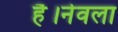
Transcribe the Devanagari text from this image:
है।नेवला